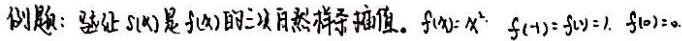
例题：验证\(s(x)\)是\(f(x)\)的二次自然样条插值。\(f(x)=x^{2}\)，\(f(-1)=f(1)=1\)，\(f(0)=0\)。